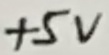
Text: +5V